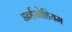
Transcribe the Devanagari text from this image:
डाईसोडियम